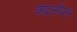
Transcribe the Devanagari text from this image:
व्हॉट्सऍपला